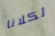
لكلانا